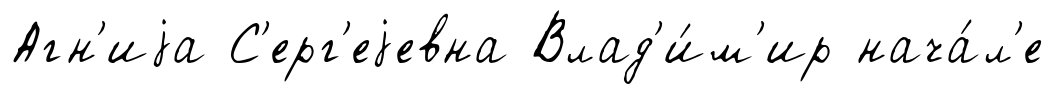
Агн'иjа С'ерг'еjевна Влад'и́м'ир нача́л'е